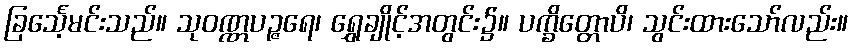
ခြင်္သေ့မင်းသည်။ သုဝဏ္ဏပဉ္ဇရေ၊ ရွှေချိုင့်အတွင်း၌။ ပက္ခိတ္တောပိ၊ သွင်းထားသော်လည်း။